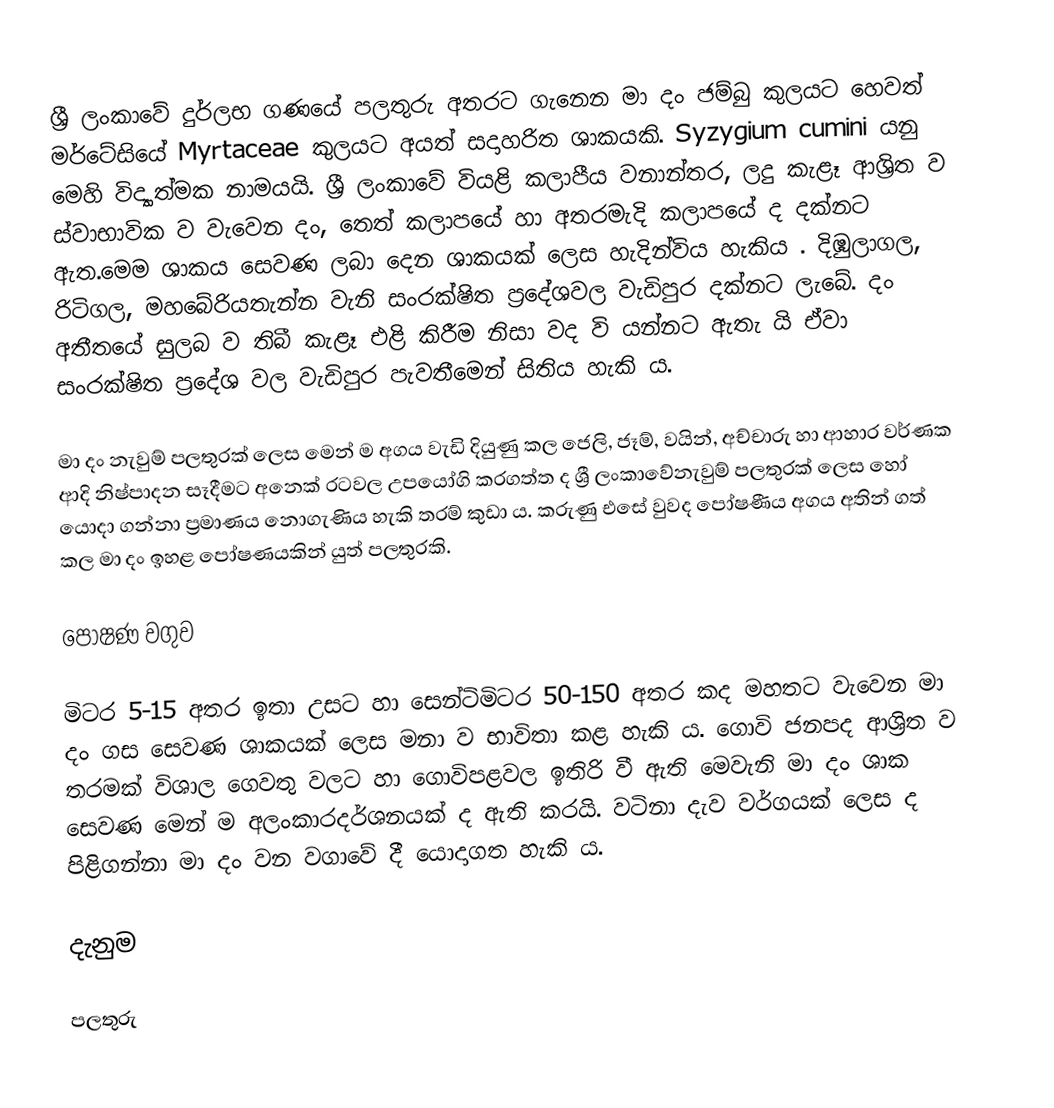
ශ්‍රී ලංකාවේ දුර්ලභ ගණයේ පලතුරු අතරට ගැනෙන මා දං ජම්බු කුලයට හෙවත් මර්ටේසියේ Myrtaceae කුලයට අයත් සදාහරිත ශාකයකි. Syzygium cumini යනු මෙහි විද්‍යාත්මක නාමයයි. ශ්‍රී ලංකාවේ වියළි කලාපීය වනාන්තර, ලදු කැළෑ ආශ්‍රිත ව ස්වාභාවික ව වැවෙන දං, තෙත් කලාපයේ හා අතරමැදි කලාපයේ ද දක්නට ඇත.මෙම ශාකය සෙවණ ලබා දෙන ශාකයක් ලෙස හැදින්විය හැකිය . දිඹුලාගල, රිටිගල, මහබේරියතැන්න වැනි සංරක්ෂිත ප්‍රදේශවල වැඩිපුර දක්නට ලැබේ. දං අතීතයේ සුලබ ව තිබී කැළෑ එළි කිරීම නිසා වද වි යන්නට ඇතැ යි ඒවා සංරක්ෂිත ප්‍රදේශ වල වැඩිපුර පැවතීමෙන් සිතිය හැකි ය.

මා දං නැවුම් පලතුරක් ලෙස මෙන් ම අගය වැඩි දියුණු කල ජෙලි, ජෑම්, වයින්, අච්චාරු හා ආහාර වර්ණක ආදි නිෂ්පාදන සෑදීමට අනෙක් රටවල උපයෝගි කරගත්ත ද ශ්‍රී ලංකාවේනැවුම් පලතුරක් ලෙස හෝ යොදා ගන්නා ප්‍රමාණය නොගැණිය හැකි තරම් කුඩා ය. කරුණු එසේ වුවද පෝෂණීය අගය අතින් ගත් කල මා දං ඉහළ පෝෂණයකින් යුත් පලතුරකි.

පොෂණ වගුව

මිටර 5-15 අතර ඉතා උසට හා සෙන්ටිමිටර 50-150 අතර කද මහතට වැවෙන මා දං ගස සෙවණ ශාකයක් ලෙස මනා ව භාවිතා කළ හැකි ය. ගොවි ජනපද ආශ්‍රිත ව තරමක් විශාල ගෙවතු වලට හා ගොවිපළවල ඉතිරි වී ඇති මෙවැනි මා දං ශාක සෙවණ මෙන් ම අලංකාරදර්ශනයක් ද ඇති කරයි. වටිනා දැව වර්ගයක් ලෙස ද පිළිගන්නා මා දං වන වගාවේ දී යොදාගත හැකි ය.

දැනුම

පලතුරු